system: You are a helpful assistant.
user:
Analyze the provided spectrum to determine if it is a **S-type Star**.

- **Key Indicators for S-type Star:**

    - **(Overall Spectrum Shape):** The first and most obvious characteristic is the overall continuum (the "baseline" shape). It is **extremely "red-sloping,"** meaning the flux (light intensity) is very low on the left side (blue, ~4000-4500 Å) and rises steeply and continuously toward the right side (red, ~7000 Å+).

    - **(Primary):** The spectrum is defined by the presence of strong, broad molecular absorption "valleys" (bands) from **Zirconium Oxide (ZrO)**. The identification of these bands is the **primary requirement** for classifying a star as S-type.
        - **(Key Bandheads):** You must find distinct, deep "dips" where the light has been absorbed. The most critical band systems to locate are:
            - **~6474 Å** ($\gamma$-system): This is often the strongest and clearest ZrO feature, found in the red part of the spectrum.
            - **~5718 Å** & **~5551 Å** ($\beta$-system): A pair of prominent absorption features in the yellow-orange part of the spectrum.
            - **~4640 Å** ($\alpha$-system): A key absorption band system in the blue-green region of the spectrum.

    - **(Secondary Confirmation):** The classification is strengthened by finding additional absorption bands from other related heavy element oxides, which are expected to be present alongside ZrO.
        - **(Key Bandheads):**
            - **Yttrium Oxide (YO):** Look for absorption dips near **~4800 Å** and **~6100 Å**.
            - **Lanthanum Oxide (LaO):** Additional absorption features, particularly in the red-orange part of the spectrum, are also characteristic.

    - **(Line Profile):** The combination of the steep red continuum and these numerous, deep molecular bands (ZrO, YO, etc.) gives the entire spectrum a very **"chopped-up"** or **"bumpy"** appearance. Instead of a smooth curve, the spectrum looks as though large, wide chunks of light have been "carved out" of it at the specific wavelengths listed above.

Think first, call **spectral_visualization_tool** if needed to examine features in detail, then provide your final answer. Your response must adhere to the following strict rules:
1.  **Overall Structure:** Your response must follow the format `<think>...</think> <tool_call>...</tool_call> (if a tool is used) <answer>...</answer>`.
2.  **Tool Usage Constraint:** You may only make **one** tool call per turn.
3.  **Final Answer Format:** In the `<answer>` tag, your conclusion must be inside a `\boxed{}` command (e.g., `\boxed{YES}` or `\boxed{NO}`), followed by your justification.

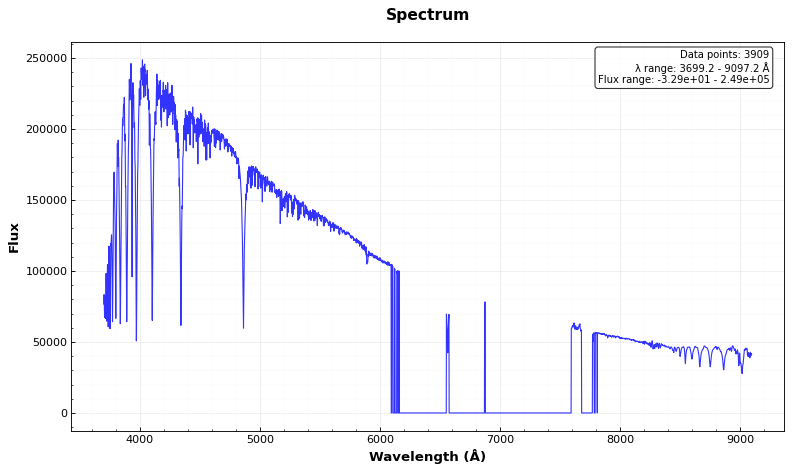
Answer: NO